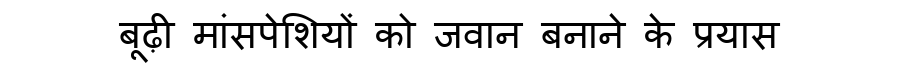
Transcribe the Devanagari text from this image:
बूढ़ी मांसपेशियों को जवान बनाने के प्रयास